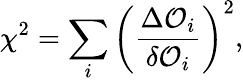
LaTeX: \chi^{2}=\sum_{i}\left(\frac{\Delta{\cal O}_{i}}{\delta{\cal O}_{i}}\right)^{2},